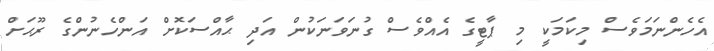
އެހެންނަމަވެސް މިކަމަކީ މި ޕާޓީގެ އެއްވެސް ގުނަވަނަކުން އަދި ޙާއްސަކޮށް އަންހެނުންގެ ރޫޙަށް